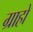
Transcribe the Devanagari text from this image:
ग्राहों